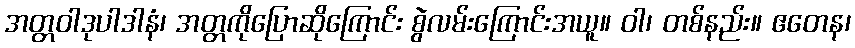
အတ္တဝါဒုပါဒါနံ၊ အတ္တကိုပြောဆိုကြောင်း စွဲလမ်းကြောင်းအယူ။ ဝါ၊ တစ်နည်း။ ဧတေန၊